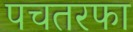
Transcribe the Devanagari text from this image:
पचतरफा